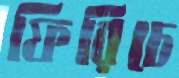
ফিরিচে